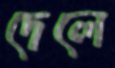
দেলে